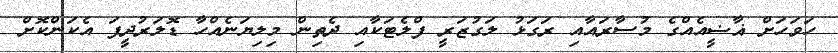
ހަވަހަށް ޣާޟީއެއްގެ މުސާރައާއި ރަގަޅު ލަގުޒަރީ ފްލެޓަކާއި ދެތިން މިލިޔަނެއްހާ ޑޮލަރުދީފަ އެކަންކޮށް